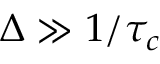
\Delta \gg 1 / \tau _ { c }